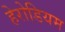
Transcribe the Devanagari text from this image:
हेरोडियम